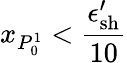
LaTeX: x_{P_{0}^{1}}<\frac{\epsilon_{\mathrm{sh}}^{\prime}}{10}